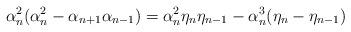
LaTeX: \begin{align*} \alpha_n^2(\alpha_n^2-\alpha_{n+1}\alpha_{n-1})=\alpha_n^2\eta_n\eta_{n-1} - \alpha_n^3(\eta_n-\eta_{n-1})\end{align*}